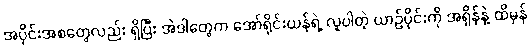
အပိုင်းအစတွေလည်း ရှိပြီး အဲဒါတွေက အော်ရိုင်းယန်ရဲ့ လူပါတဲ့ ယာဉ်ပိုင်းကို အရှိန်နဲ့ ထိမှန်